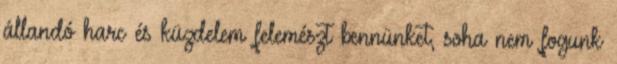
állandó harc és küzdelem felemészt bennünket, soha nem fogunk